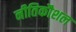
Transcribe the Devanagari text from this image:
नीतिकौशल